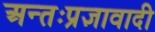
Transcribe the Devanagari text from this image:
अन्तःप्रज्ञावादी